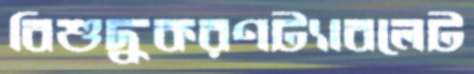
বিশুদ্ধকরণট্যাবলেট